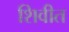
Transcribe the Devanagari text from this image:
शिवीत